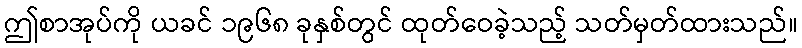
ဤစာအုပ်ကို ယခင် ၁၉၆၈ ခုနှစ်တွင် ထုတ်ဝေခဲ့သည့် သတ်မှတ်ထားသည်။